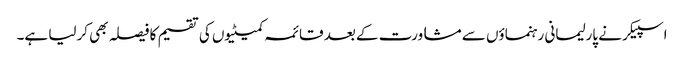
اسپیکر نے پارلیمانی رہنماؤں سے مشاورت کے بعد قائمہ کمیٹیوں کی تقسیم کا فیصلہ بھی کرلیا ہے۔